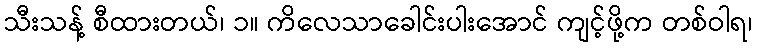
သီးသန့် စီထားတယ်၊ ၁။ ကိလေသာခေါင်းပါးအောင် ကျင့်ဖို့က တစ်ဝါရ၊